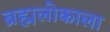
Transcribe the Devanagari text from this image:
ब्रह्मलोकाला